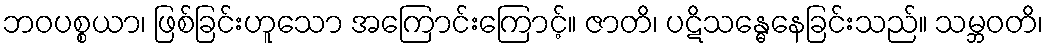
ဘဝပစ္စယာ၊ ဖြစ်ခြင်းဟူသော အကြောင်းကြောင့်။ ဇာတိ၊ ပဋိသန္ဓေနေခြင်းသည်။ သမ္ဘဝတိ၊